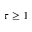
\tau \geq 1